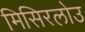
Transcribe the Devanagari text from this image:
मिसिरलोउ